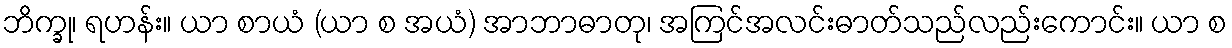
ဘိက္ခု၊ ရဟန်း။ ယာ စာယံ (ယာ စ အယံ) အာဘာဓာတု၊ အကြင်အလင်းဓာတ်သည်လည်းကောင်း။ ယာ စ